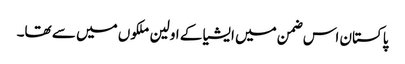
پاکستان اس ضمن میں ایشیا کے اولین ملکوں میں سے تھا۔